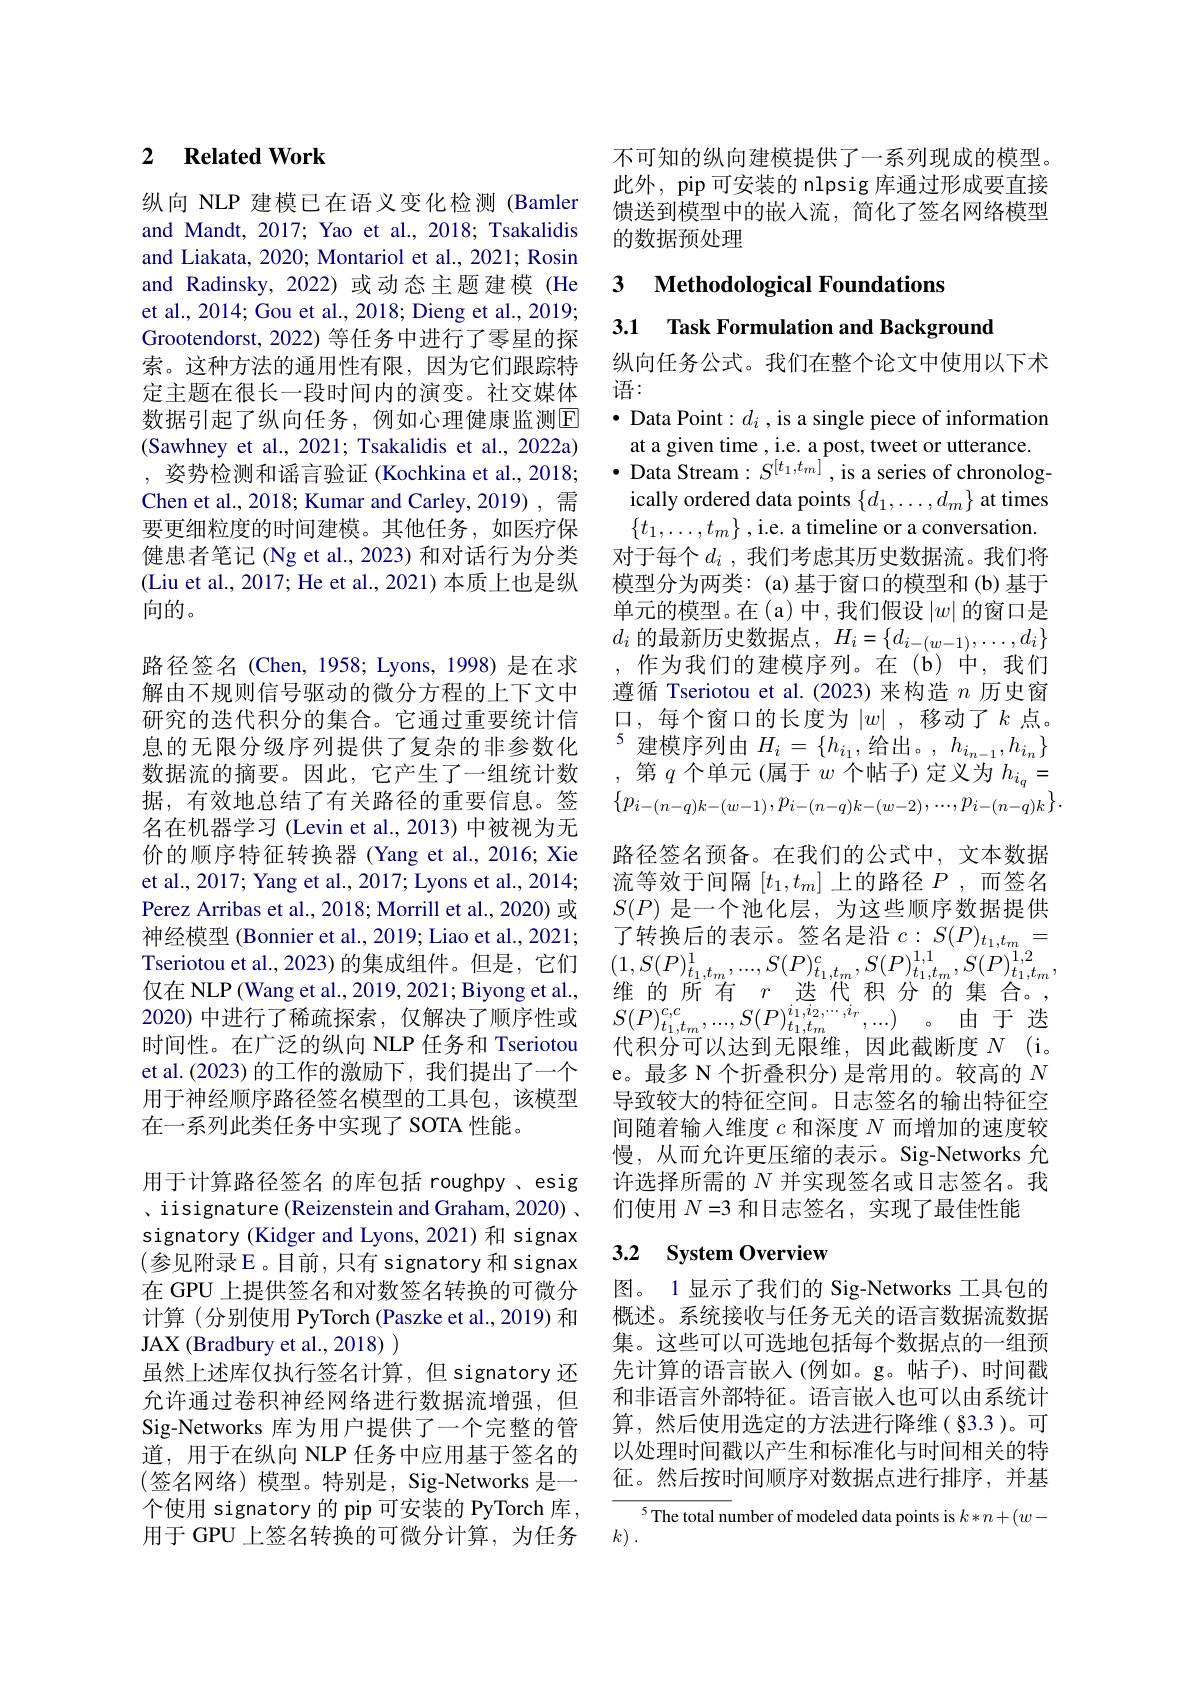
### 2 $\textbf{Related Work}$

纵向 NLP 建模已在语义变化检测 (Bamler and Mandt, 2017; Yao et al., 2018; Tsakalidis and Liakata, 2020; Montariol et al., 2021; Rosin and Radinsky,2022)或动态主题建模(He et al., 2014; Gou et al., 2018; Dieng et al., 2019; Grootendorst, 2022) 等任务中进行了零星的探索。这种方法的通用性有限，因为它们跟踪特定主题在很长一段时间内的演变。社交媒体数据引起了纵向任务，例如心理健康监测回(Sawhney et al., 2021; Tsakalidis et al., 2022a) ,姿势检测和谣言验证 (Kochkina et al., 2018; Chen et al., 2018; Kumar and Carley, 2019) , 需要更细粒度的时间建模。其他任务，如医疗保健患者笔记 (Ng et al., 2023) 和对话行为分类(Liu et al., 2017; He et al., 2021) 本质上也是纵向的。

路径签名(Chen,1958; Lyons, 1998)是在求解由不规则信号驱动的微分方程的上下文中研究的迭代积分的集合。它通过重要统计信息的无限分级序列提供了复杂的非参数化数据流的摘要。因此，它产生了一组统计数据，有效地总结了有关路径的重要信息。签名在机器学习 (Levin et al.,2013) 中被视为无价的顺序特征转换器 (Yang et al., 2016; Xie et al., 2017; Yang et al., 2017; Lyons et al., 2014; Perez Arribas et al., 2018; Morrill et al., 2020) 或仅在 NLP (Wang et al., 2019, 2021; Biyong et al., 时间性。在广泛的纵向 NLP 任务和 Tseriotou et al.(2023) 的工作的激励下，我们提出了一个用于神经顺序路径签名模型的工具包，该模型在一系列此类任务中实现了 SOTA 性能。
用于计算路径签名 的库包括 roughpy , esig 、iisignature (Reizenstein and Graham, 2020) 、 signatory (Kidger and Lyons, 2021)和 signax (参见附录E。目前，只有 signatory 和 signax 在 GPU 上提供签名和对数签名转换的可微分计算(分别使用 PyTorch(Paszke et al., 2019) 和JAX (Bradbury et al., 2018) )
虽然上述库仅执行签名计算，但 signatory 还允许通过卷积神经网络进行数据流增强，但Sig-Networks 库为用户提供了一个完整的管道，用于在纵向 NLP 任务中应用基于签名的

(签名网络)模型。特别是，Sig-Networks 是一个使用 signatory 的 pip 可安装的 PyTorch 库， 用于 GPU 上签名转换的可微分计算，为任务

不可知的纵向建模提供了一系列现成的模型。此外，pip 可安装的 nlpsig 库通过形成要直接馈送到模型中的嵌人流，简化了签名网络模型的数据预处理

### 3 $\textbf{Methodological Foundations}$ 3.1 Task Formulation and Background

纵向任务公式。我们在整个论文中使用以下术
语：

$\bullet$ Data Point: $d_i$ , is a single piece of information
at a given time , i.e. a post, tweet or utterance.
$\bullet$ Data Stream$:S^[t_{1},t_{m}]^{\intercal}$,is a series of chronolog-
ically ordered data points $\{d_1,\ldots,d_m\}$ at times $\{t_1,\ldots,t_m\}$ ,i.e. a timeline or a conversation. 对于每个$d_i$ ,我们考虑其历史数据流。我们将模型分为两类：(a) 基于窗口的模型和 (b) 基于单元的模型。在(a)中，我们假设$\left|w\right|$的窗口是$d_i$的最新历史数据点，$H_i=\{d_i-(w-1),\ldots,d_i\}$
作为我们的建模序列。在(b)中，我们遵循 Tseriotou et al.(2023)来构造$n$历史窗口，每个窗口的长度为$\left|w\right|$,移动了$k$点。5 建 模 序 列 由 $H_{i}= \{ h_{i_{1}}$,给 出 。$, h_{i_{n- 1}}, h_{i_{n}}\}$ 连 模 序 列 由 $H_{i}= \{ h_{i_{1}}$,给 出 。$, h_{i_{n- 1}}, h_{i_{n}}\}$
第$q$个单元(属于$w$个帖子)定义为$h_i_q=$ $\{p_{i-(n-q)k-(w-1)},p_{i-(n-q)k-(w-2)},...,p_{i-(n-q)k}\}.$ 路径签名预备。在我们的公式中，文本数据流等效于间隔$[t_1,t_m]$上的路径$P$ ,而签名$S(P)$是一个池化层，为这些顺序数据提供
神经模型 (Bonnier et al., 2019; Liao et al., 2021; 了转换后的表示。签名是沿$c:S(P)_{t_{1},t_{m}}=$Tseriotou et al. 2023) 的集成组件。但是，它们$(1,S(P)_{t_{1},t_{m}}^{1},...,S(P)_{t_{1},t_{m}}^{c},S(P)_{t_{1},t_{m}}^{1,1},S(P)_{t_{1},t_{m}}^{1,2}$,
维的所有$r$选代积分的集合。
2020)中进行了稀疏探索，仅解决了顺序性或 $S( P) _{t_1, t_m}^{c, c}, . . . , S( P) _{t_1, t_m}^{i_1, i_2, \cdots , i_r}, . . . )$。由于选
代积分可以达到无限维，因此截断度$N$ (i。e。最多 N 个折叠积分) 是常用的。较高的$N$ 导致较大的特征空间。日志签名的输出特征空间随着输入维度$c$和深度$N$而增加的速度较慢，从而允许更压缩的表示。Sig-Networks 允许选择所需的$N$并实现签名或日志签名。我们使用$N=3$和日志签名，实现了最佳性能
3.2 System Overview

图。1 显示了我们的 Sig-Networks 工具包的概述。系统接收与任务无关的语言数据流数据集。这些可以可选地包括每个数据点的一组预先计算的语言嵌入(例如。g。帖子)、时间戳和非语言外部特征。语言嵌入也可以由系统计算，然后使用选定的方法进行降维(§3.3)。可以处理时间戳以产生和标准化与时间相关的特征。然后按时间顺序对数据点进行排序，并基

$^{5}$The total number of modeled data points is $k*n+(w-$
$k)$ .